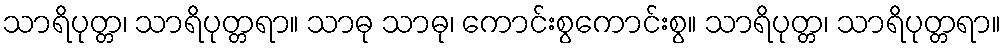
သာရိပုတ္တ၊ သာရိပုတ္တရာ။ သာဓု သာဓု၊ ကောင်းစွကောင်းစွ။ သာရိပုတ္တ၊ သာရိပုတ္တရာ။